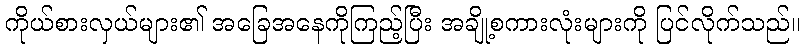
ကိုယ်စားလှယ်များ၏ အခြေအနေကိုကြည့်ပြီး အချို့စကားလုံးများကို ပြင်လိုက်သည်။